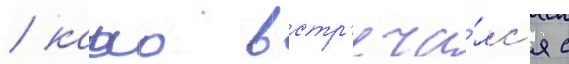
/ камо встр'еча́лс'я с